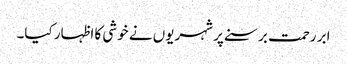
ابر رحمت برسنے پر شہریوں نے خوشی کا اظہار کیا۔